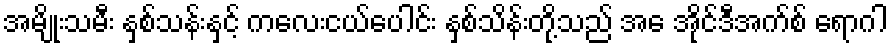
အမျိုးသမီး နှစ်သန်းနှင့် ကလေးငယ်ပေါင်း နှစ်သိန်းတို့သည် အေ အိုင်ဒီအက်စ် ရောဂါ